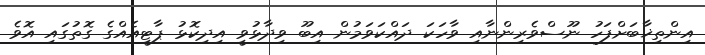
އިންތިޚާބަށްފަހު ނޫސްވެރިންނާއި ވާހަކަ ދައްކަވަމުން އިބޫ ވިދާޅުވީ އިދިކޮޅު ޕާޓީއެއްގެ ގޮތުގައި އޮވެ